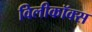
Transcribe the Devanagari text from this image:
विलीकॉक्स